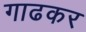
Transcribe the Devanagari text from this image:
गाढकर